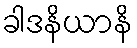
ခါဒနိယာနိ